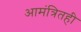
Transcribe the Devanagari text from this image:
आमंत्रितही